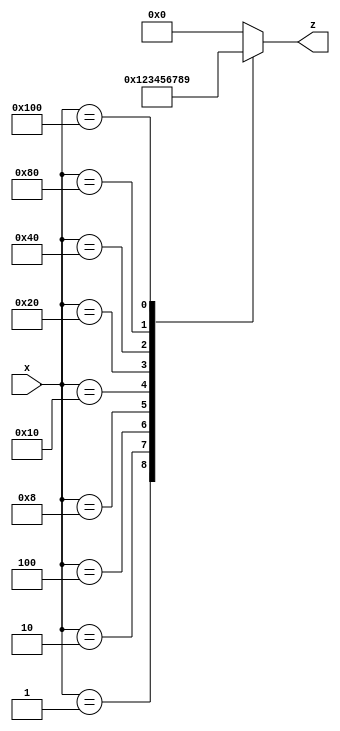
module encoder (
  input [8:0] x,
  output [3:0] z
);

always @ (*) begin
  case (x)
    9'b000000001: z = 4'b0001;
    9'b000000010: z = 4'b0010;
    9'b000000100: z = 4'b0011;
    9'b000001000: z = 4'b0100;
    9'b000010000: z = 4'b0101;
    9'b000100000: z = 4'b0110;
    9'b001000000: z = 4'b0111;
    9'b010000000: z = 4'b1000;
    9'b100000000: z = 4'b1001;
    default:      z = 4'b0000;
  endcase
end

endmodule